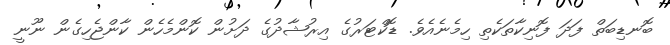
ބޮނޑިބަތް ފަދަ ފޮނިކާތަކެތި ހިމެނެއެވެ. ޑޮކްޓަރުގެ އިރުޝާދުގެ ދަށުން ކޮންމެހެން ކާންޖެހިގެން ނޫނީ